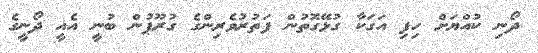
ދޯނި ކުއްޔަށް ހިފި އަގަކާ ގުޅޭގޮތުން ފަތުރުވެރިންގެ ގުރޫޕުން ބުނީ އެއީ ދޯނީގެ